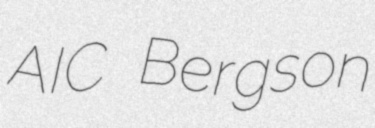
AIC Bergson